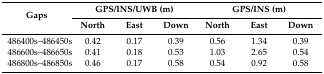
<table><thead><tr><td rowspan="2"><b>Gaps</b></td><td colspan="3"><b>GPS/INS/UWB (m)</b></td><td colspan="3"><b>GPS/INS (m)</b></td></tr><tr><td><b>North</b></td><td><b>East</b></td><td><b>Down</b></td><td><b>North</b></td><td><b>East</b></td><td><b>Down</b></td></tr></thead><tbody><tr><td>486400s–486450s</td><td>0.42</td><td>0.17</td><td>0.39</td><td>0.56</td><td>1.34</td><td>0.39</td></tr><tr><td>486600s–486650s</td><td>0.41</td><td>0.18</td><td>0.53</td><td>1.03</td><td>2.65</td><td>0.54</td></tr><tr><td>486800s–486850s</td><td>0.46</td><td>0.17</td><td>0.58</td><td>0.54</td><td>0.92</td><td>0.58</td></tr></tbody></table>